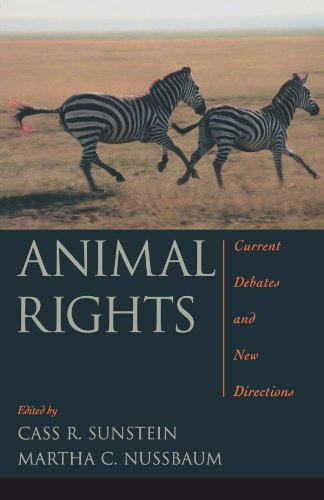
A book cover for Animal Rights: Current Debates and New Directions; Science & Math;